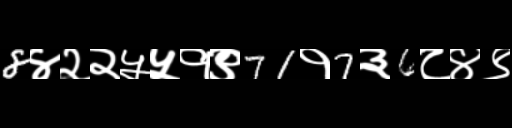
Text: 8४२२५५१९71१7३6८४९